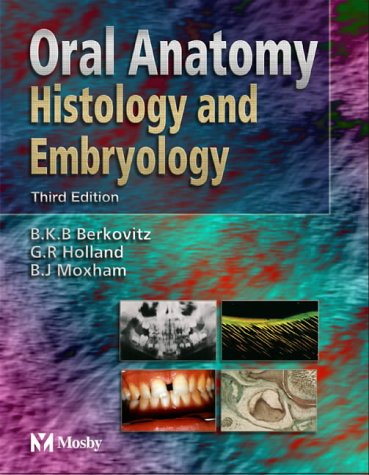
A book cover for Oral Anatomy, Histology and Embryology, 3E; Berkovitz; Medical Books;